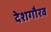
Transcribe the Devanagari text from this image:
देशगौरव